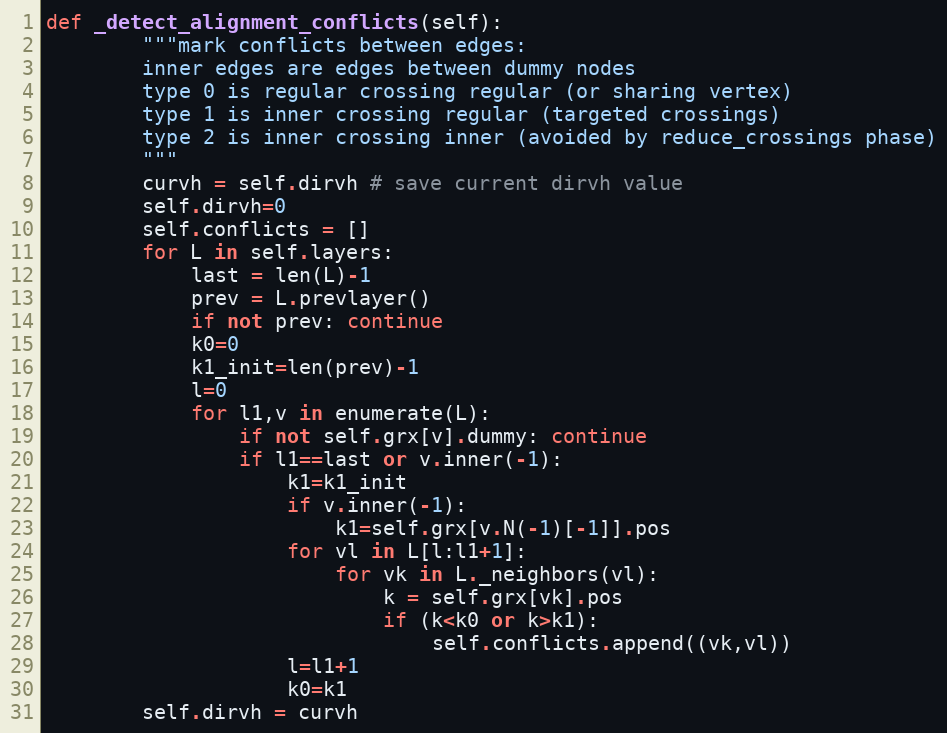
Language: Python
def _detect_alignment_conflicts(self):
        """mark conflicts between edges:
        inner edges are edges between dummy nodes
        type 0 is regular crossing regular (or sharing vertex)
        type 1 is inner crossing regular (targeted crossings)
        type 2 is inner crossing inner (avoided by reduce_crossings phase)
        """
        curvh = self.dirvh # save current dirvh value
        self.dirvh=0
        self.conflicts = []
        for L in self.layers:
            last = len(L)-1
            prev = L.prevlayer()
            if not prev: continue
            k0=0
            k1_init=len(prev)-1
            l=0
            for l1,v in enumerate(L):
                if not self.grx[v].dummy: continue
                if l1==last or v.inner(-1):
                    k1=k1_init
                    if v.inner(-1):
                        k1=self.grx[v.N(-1)[-1]].pos
                    for vl in L[l:l1+1]:
                        for vk in L._neighbors(vl):
                            k = self.grx[vk].pos
                            if (k<k0 or k>k1):
                                self.conflicts.append((vk,vl))
                    l=l1+1
                    k0=k1
        self.dirvh = curvh